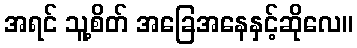
အရင် သူ့စိတ် အခြေအနေနှင့်ဆိုလေ။